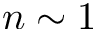
n \sim 1